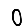
Digit: 0